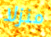
منزلا